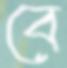
বে